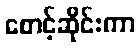
စောင့်ဆိုင်းကာ